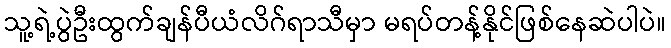
သူ့ရဲ့ပွဲဦးထွက်ချန်ပီယံလိဂ်ရာသီမှာ မရပ်တန့်နိုင်ဖြစ်နေဆဲပါပဲ။